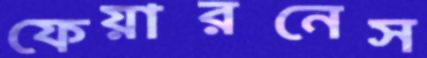
ফেয়ারনেস